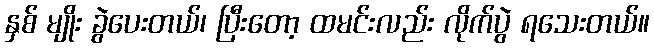
နှစ် မျိုး ခွဲပေးတယ်၊ ပြီးတော့ ထမင်းလည်း လိုက်ပွဲ ရသေးတယ်။